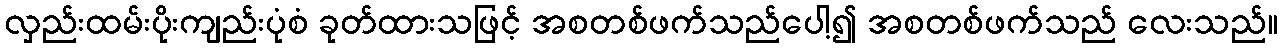
လှည်းထမ်းပိုးကျည်းပုံစံ ခုတ်ထားသဖြင့် အစတစ်ဖက်သည်ပေါ့၍ အစတစ်ဖက်သည် လေးသည်။